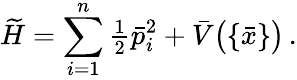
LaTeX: \widetilde{H}=\sum_{i=1}^{n}{\textstyle\frac{1}{2}}\bar{p}_{i}^{2}+\bar{V}\big(\{ \bar{x}\} \big)\, .